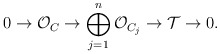
\begin{align*} 0 \rightarrow \mathcal{O}_C \rightarrow \bigoplus_{j=1}^n\mathcal{O}_{C_j} \rightarrow \mathcal{T} \rightarrow 0.\end{align*}